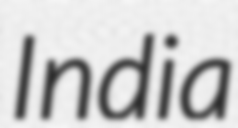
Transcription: India